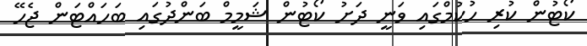
ކޯޓުން ކުރި ހުކުމްގައި ވަނީ ދަށު ކޯޓުން ޝަމީމް ބަންދުގައި ބަހައްޓަން ޖެހޭ